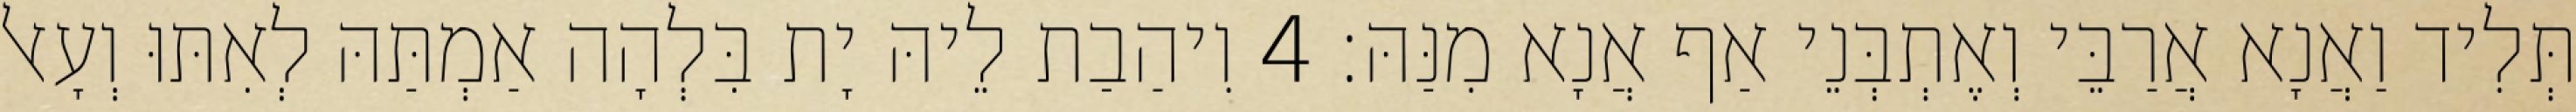
תְּלִיד וַאֲנָא אֲרַבֵּי וְאֶתְבְּנֵי אַף אֲנָא מִנַּהּ׃ 4 וִיהַבַת לֵיהּ יָת בִּלְהָה אַמְתַּהּ לְאִתּוּ וְעָאל